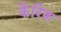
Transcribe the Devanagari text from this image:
कैरिक